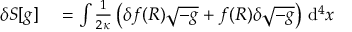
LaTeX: \begin{array} { r l } { \delta S [ g ] } & { { } = \int { \frac { 1 } { 2 \kappa } } \left( \delta f ( R ) { \sqrt { - g } } + f ( R ) \delta { \sqrt { - g } } \right) \, \mathrm { d } ^ { 4 } x } \end{array}